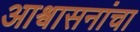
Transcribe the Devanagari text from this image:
आश्वासनांचा